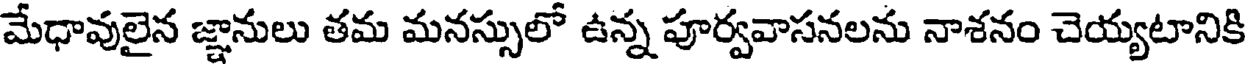
మేధావులైన జ్ఞానులు తమ మనస్సులో ఉన్న పూర్వవాసనలను నాశనం చెయ్యటానికి